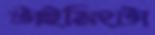
টাইমিংটা